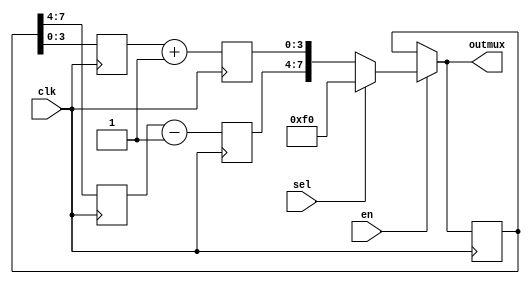
`timescale 1ns/1ps
module CstGen (
    clk,
    sel,
    en,
    outmux
);
    input sel, en, clk;
    output wire [7:0] outmux;

    wire [7:0] init, rounding_cst, rounded_cst;
    reg [7:0] rounding_muxed;
    reg [3:0] a, b, a_new, b_new;

    assign init = 8'hF0;

    assign rounding_cst = (sel) ? init : rounded_cst;

    assign outmux = (en) ? rounding_cst : rounding_muxed;
    always @ (posedge clk) begin
        rounding_muxed <= outmux;
            a <= rounding_muxed[7:4];
            b <= rounding_muxed[3:0];
            a_new <= a - 1;
            b_new <= b + 1;
    end

  assign rounded_cst[8-1:4] = a_new;
  assign rounded_cst[3:0] = b_new;

endmodule